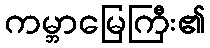
ကမ္ဘာမြေကြီး၏